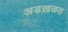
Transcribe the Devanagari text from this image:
अडख़ळत